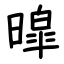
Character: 暭